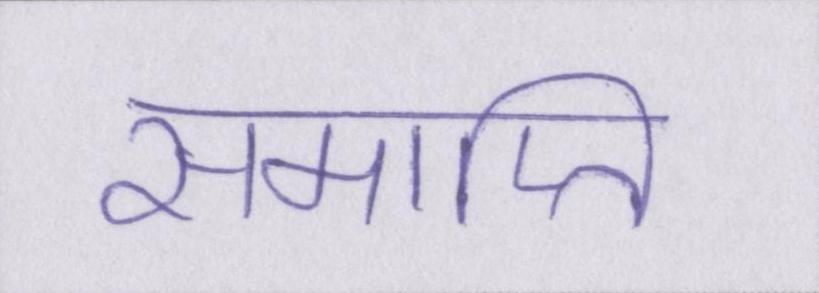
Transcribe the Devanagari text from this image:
समाप्ति